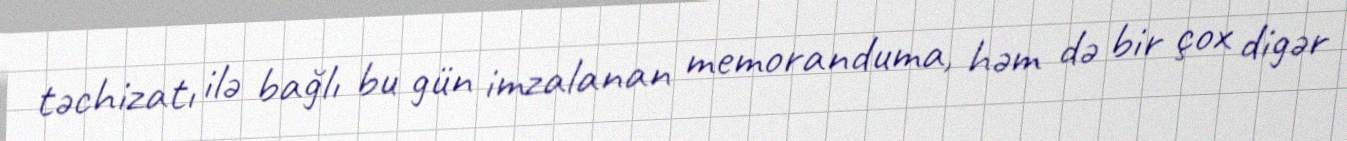
təchizatı ilə bağlı bu gün imzalanan memoranduma, həm də bir çox digər